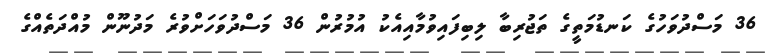
36 މަސްދުވަހުގެ ކަނޑުމަތީގެ ތަޖުރިބާ ލިބިފައިވުމާއިއެކު އުމުރުން 36 މަސްދުވަހަށްވުރެ މަދުނޫން މުއްދަތެއްގެ